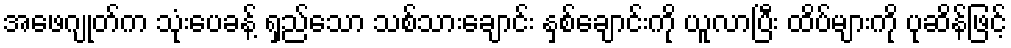
အဖေဂျုတ်က သုံးပေခန့် ရှည်သော သစ်သားချောင်း နှစ်ချောင်းကို ယူလာပြီး ထိပ်များကို ပုဆိန်ဖြင့်